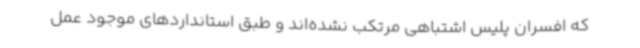
که افسران پلیس اشتباهی مرتکب نشده‌اند و طبق استانداردهای موجود عمل